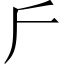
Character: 𠂋